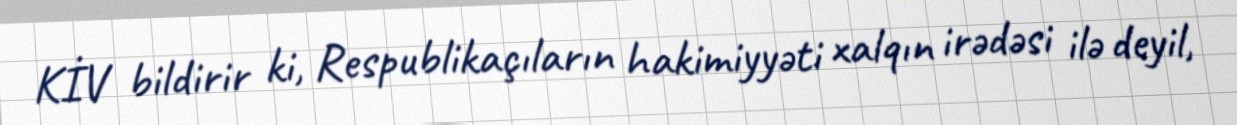
KİV bildirir ki, Respublikaçıların hakimiyyəti xalqın irədəsi ilə deyil,